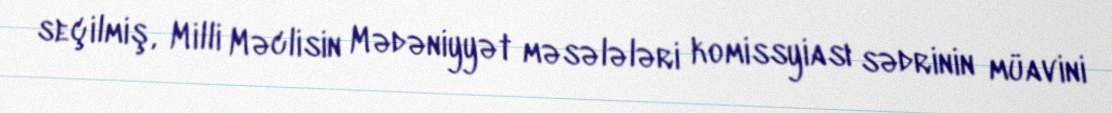
seçilmiş, Milli Məclisin Mədəniyyət məsələləri komissyiası sədrinin müavini